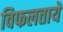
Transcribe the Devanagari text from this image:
विफलतायें